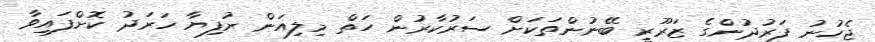
ޖެހުނު ފަރުދުންގެ ޒަރޫރީ ބޭނުންތަކަށް ސަރުކާރުން ހަތް މިލިއަން ރުފިޔާ ހަރަދު ކޮށްފައިވާ